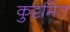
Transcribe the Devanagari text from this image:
कुट्टमित